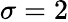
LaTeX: \sigma=2